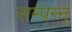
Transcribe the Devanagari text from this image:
सम्पन्न्